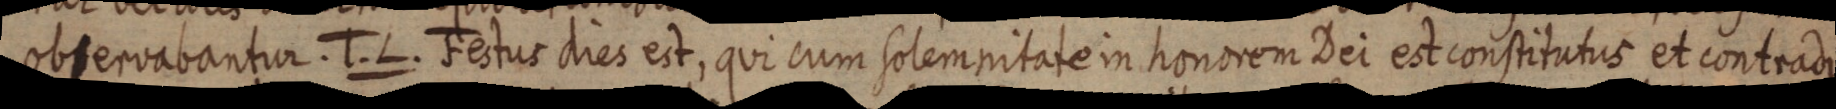
observabantur. T. L. Festus dies est, qui cum solemnitate in honorem Dei est constitutus et contradi